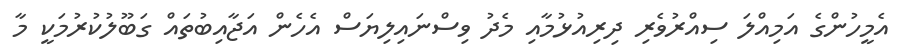
އެމީހުންގެ އަމިއްލަ ސިއްރުވެރި ދިރިއުޅުމާއި މެދު ވިސްނައިލިޔަސް އެހެން އަޖާއިބުތައް ގަބޫލުކުރުމަކީ މާ